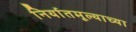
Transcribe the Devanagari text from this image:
निर्यातमूल्याच्या